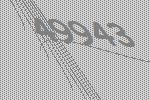
49943